system: You are a helpful assistant.
user:
Analyze the provided spectrum to determine if it is a **M-type Giant (gM)**.

A M-type Giant spectrum is defined by its **strong molecular absorption** features, particularly from **Titanium Oxide (TiO)**. You must check for one of the following mutually exclusive signatures:

- **Key Visual Indicators (Absorption-Dominated Spectrum):**

    - **(Primary):** The spectrum is dominated by strong molecular absorption from **Titanium Oxide (TiO)**. This is the **defining feature** of its M-type temperature class.
        - **(Key Bandheads):** Look for sharp, "saw-tooth" absorption valleys. The strongest are located near **~7050 Å**, **~6160 Å**, and **~5170 Å**.
        - **(Line Profile):** The "saw-tooth" morphology is critical: a **sharp, steep drop on the BLUE (short-wavelength) side** of the bandhead, followed by a gradual recovery (rising flux) towards the RED (long-wavelength) side.

    - **(Key Confirmation - Giant vs. Dwarf):** **ABSENCE** of strong **Calcium Hydride (CaH)** molecular bands. This is the primary diagnostic for *excluding* M-dwarfs.
        - **(Key Region):** The spectrum should lack the strong, broad absorption band seen in dwarfs between **~6800 Å and ~7000 Å**.

    - **(Secondary Confirmation - Giant):** A very strong and broad **Neutral Calcium (Ca I)** atomic absorption line.
        - **(Key Line):** Located at **~4226 Å**. In a giant (gM), this line is significantly deeper and broader than the same line in an M-dwarf (dM) due to low surface gravity.

    - **(Overall Spectrum):**
        - The continuum is **extremely red-sloping** (i.e., flux is very low in the blue and rises dramatically towards the red).
        - The entire spectrum appears "chopped up" by the deep TiO bands.

Think first, call **spectral_visualization_tool** if needed to examine features in detail, then provide your final answer. Your response must adhere to the following strict rules:
1.  **Overall Structure:** Your response must follow the format `<think>...</think> <tool_call>...</tool_call> (if a tool is used) <answer>...</answer>`.
2.  **Tool Usage Constraint:** You may only make **one** tool call per turn.
3.  **Final Answer Format:** In the `<answer>` tag, your conclusion must be inside a `\boxed{}` command (e.g., `\boxed{YES}` or `\boxed{NO}`), followed by your justification.

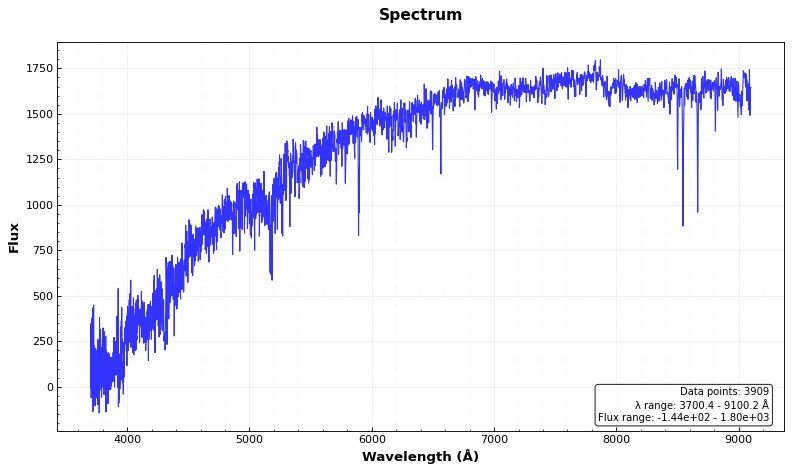
Answer: NO